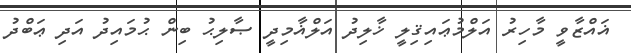
ޣައްޒާވީ މާހިރު އަލްމުޢައިޤިލީ ޚާލިދު އަލްޣާމިދީ ޞާލިޙު ބިން ޙުމައިދު އަދި ޢަބްދު